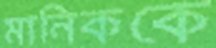
মানিককে